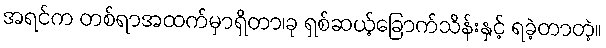
အရင်က တစ်ရာအထက်မှာရှိတာ၊ခု ရှစ်ဆယ့်ခြောက်သိန်းနှင့် ရခဲ့တာတဲ့။